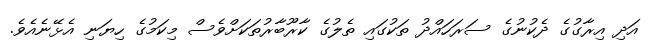
އަދި އިރާގުގެ ދެކުނުގެ ސަރަހައްދު ތަކުގައި ތެލުގެ ކާރޫބާރުތަކަށްވެސް މިކަމުގެ ހިޔަނި އެޅޭނެއެވެ.